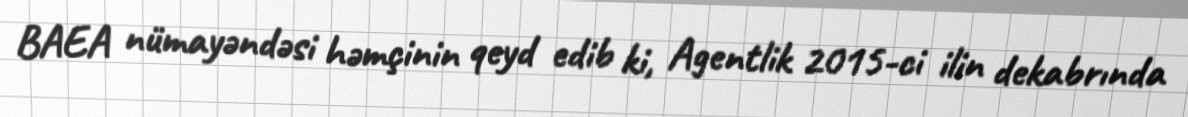
BAEA nümayəndəsi həmçinin qeyd edib ki, Agentlik 2015-ci ilin dekabrında